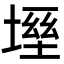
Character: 𡏀